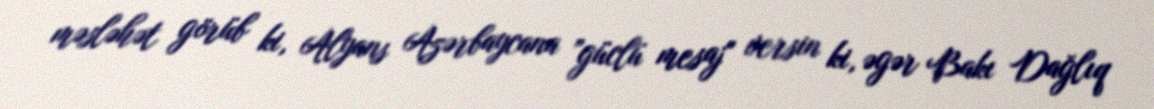
məsləhət görüb ki, Alyans Azərbaycana ”güclü mesaj" versin ki, əgər Bakı Dağlıq